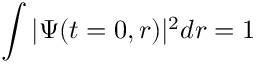
\int | \Psi ( t = 0 , r ) | ^ { 2 } d r = 1